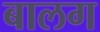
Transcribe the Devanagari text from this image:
बालग